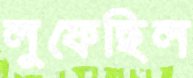
লুফেছিল